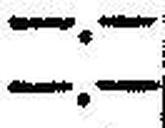
—.—